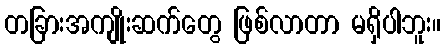
တခြားအကျိုးဆက်တွေ ဖြစ်လာတာ မရှိပါဘူး။